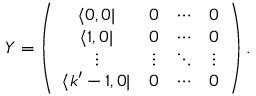
Y = \left( \begin{array} { c c c c } { { \langle 0 , 0 | } } & { { 0 } } & { { \cdots } } & { { 0 } } \\ { { \langle 1 , 0 | } } & { { 0 } } & { { \cdots } } & { { 0 } } \\ { { \vdots } } & { { \vdots } } & { { \ddots } } & { { \vdots } } \\ { { \langle k ^ { \prime } - 1 , 0 | } } & { { 0 } } & { { \cdots } } & { { 0 } } \end{array} \right) .